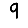
Digit: 9